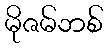
မိုဇမ်ဘစ်